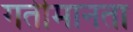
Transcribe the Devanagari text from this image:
गतीमानता